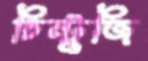
চিন্টুজি